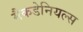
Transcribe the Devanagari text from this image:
मैकडेनियल्स